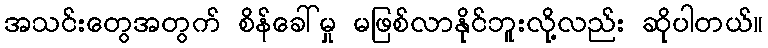
အသင်းတွေအတွက် စိန်ခေါ်မှု မဖြစ်လာနိုင်ဘူးလို့လည်း ဆိုပါတယ်။